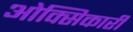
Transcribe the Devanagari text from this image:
ओक्सिकारी